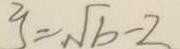
y = \sqrt { b } - 2